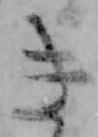
き